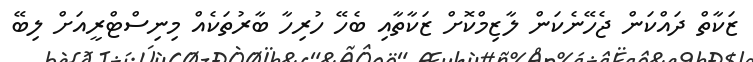
ޒަކާތް ދައްްކަން ޖެހޭނެކަން ލާޒިމްކޮށް ޒަކާތާއި ބެހޭ ހުރިހާ ބާރުތަކެއް މިނިސްޓްރީއަށް ލިބޭ